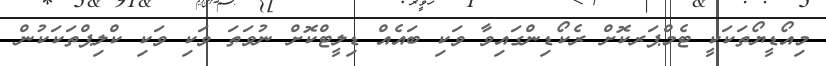
މިއޯޑީޔޯތަކަކީ ޓެމްޕަރކޮށް ރެކޯޑިންގައިވާ ވަކި ބައެއް ޑިލީޓްކޮށް ނުވަތަ ވަކި ވަކި ކްލިޕްތަކަކުން